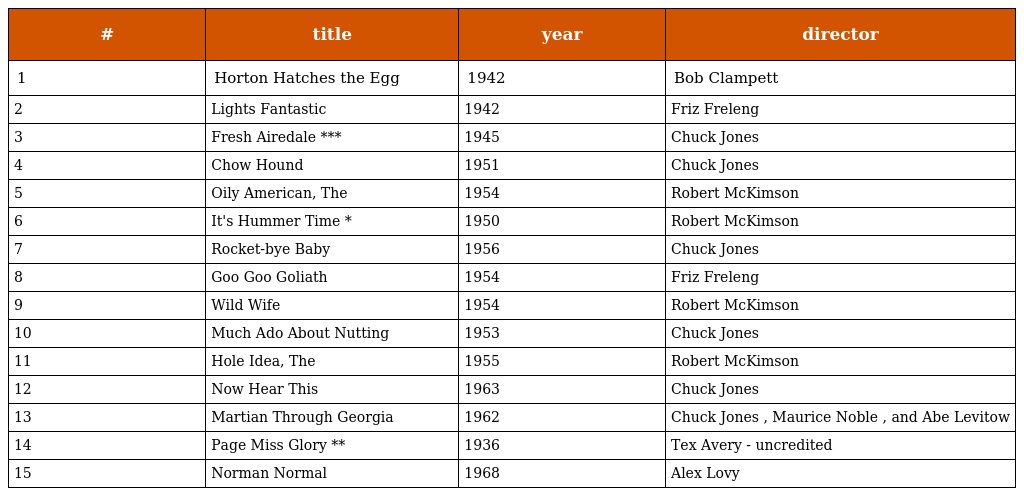
| # | title | year | director |
 | --- | --- | --- | --- |
 | 1 | Horton Hatches the Egg | 1942 | Bob Clampett |
 | 2 | Lights Fantastic | 1942 | Friz Freleng |
 | 3 | Fresh Airedale *** | 1945 | Chuck Jones |
 | 4 | Chow Hound | 1951 | Chuck Jones |
 | 5 | Oily American, The | 1954 | Robert McKimson |
 | 6 | It's Hummer Time * | 1950 | Robert McKimson |
 | 7 | Rocket-bye Baby | 1956 | Chuck Jones |
 | 8 | Goo Goo Goliath | 1954 | Friz Freleng |
 | 9 | Wild Wife | 1954 | Robert McKimson |
 | 10 | Much Ado About Nutting | 1953 | Chuck Jones |
 | 11 | Hole Idea, The | 1955 | Robert McKimson |
 | 12 | Now Hear This | 1963 | Chuck Jones |
 | 13 | Martian Through Georgia | 1962 | Chuck Jones , Maurice Noble , and Abe Levitow |
 | 14 | Page Miss Glory ** | 1936 | Tex Avery - uncredited |
 | 15 | Norman Normal | 1968 | Alex Lovy |